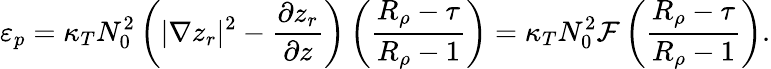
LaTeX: \varepsilon_{p}=\kappa_{T}N_{0}^{2}\left(|\nabla z_{r}|^{2}-\frac{\partial z_{r}}{\partial z}\right)\left(\frac{R_{\rho}-\tau}{R_{\rho}-1}\right)=\kappa_{T}N_{0}^{2}{\cal F}\left(\frac{R_{\rho}-\tau}{R_{\rho}-1}\right).